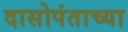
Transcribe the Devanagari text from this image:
दासोपंताच्या